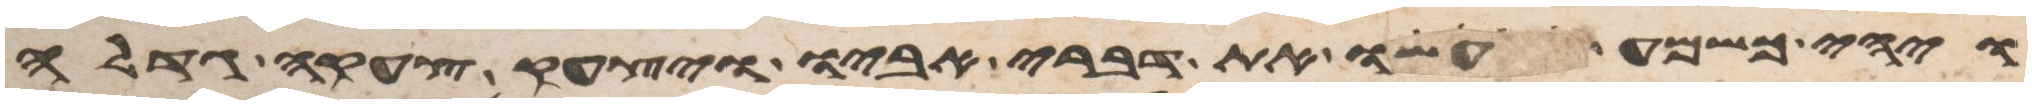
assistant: ויהי כשמע עשו את דברי אביו ויצעק צעקה גדלה